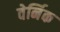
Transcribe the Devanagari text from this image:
वेर्निक